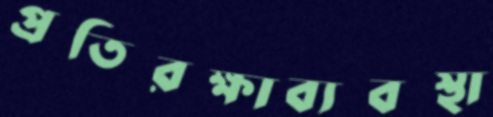
প্রতিরক্ষাব্যবস্থা